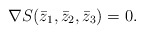
\begin{align*}\nabla S(\bar z_1,\bar z_2,\bar z_3)=0.\end{align*}